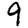
Digit: 9